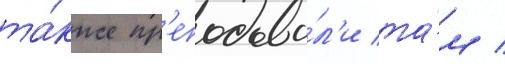
та́кже пр'еподава́л'и та́м /